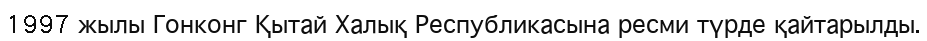
1997 жылы Гонконг Қытай Халық Республикасына ресми түрде қайтарылды.